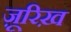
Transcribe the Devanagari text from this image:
ज़ूरिख़